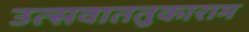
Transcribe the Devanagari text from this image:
उत्सवाततुकाराम